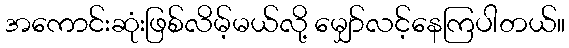
အကောင်းဆုံးဖြစ်လိမ့်မယ်လို့ မျှော်လင့်နေကြပါတယ်။